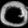
Digit: ၀